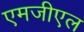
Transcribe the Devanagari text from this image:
एमजीएल